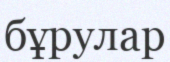
бұрулар